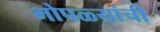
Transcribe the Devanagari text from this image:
भोपळ्यांची